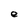
Character: e